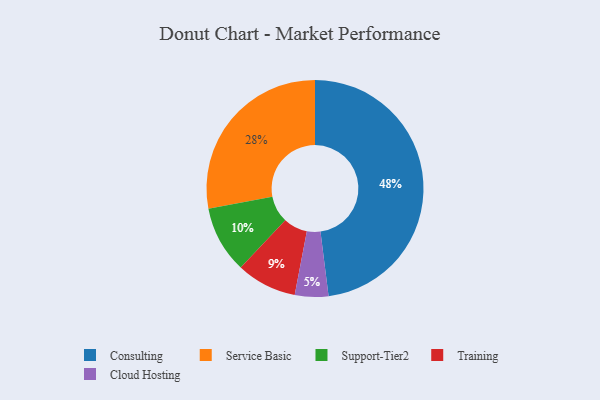
{"axis": {"x": "Category", "y": "Percentage"}, "legend": ["Cloud Hosting", "Consulting", "Service Basic", "Support-Tier2", "Training"], "data": [{"x": "Service Basic", "y": 28, "type": "Service Basic"}, {"x": "Cloud Hosting", "y": 5, "type": "Cloud Hosting"}, {"x": "Consulting", "y": 48, "type": "Consulting"}, {"x": "Training", "y": 9, "type": "Training"}, {"x": "Support-Tier2", "y": 10, "type": "Support-Tier2"}]}